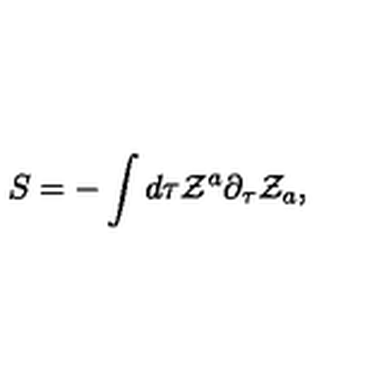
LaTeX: S = - \int d \tau { \cal Z } ^ { a } \partial _ { \tau } { \cal Z } _ { a } ,